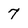
Character: 7